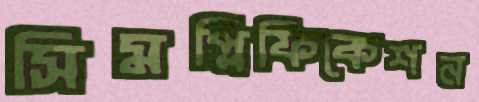
সিমপ্লিফিকেশন